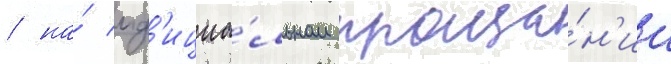
/ на́ оф'ициа́льном проща́н'ии